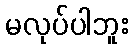
မလုပ်ပါဘူး